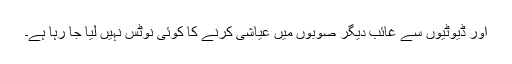
اور ڈیوٹیوں سے غائب دیگر صوبوں میں عیاشی کرنے کا کوئی نوٹس نہیں لیا جا رہا ہے۔